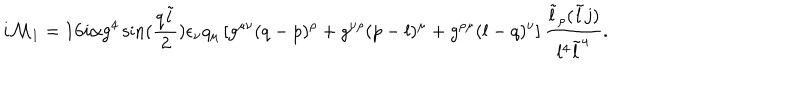
LaTeX: i { \cal { M } } _ { 1 } = 1 6 i \alpha g ^ { 4 } \sin ( { \frac { q \tilde { l } } { 2 } } ) \epsilon _ { \nu } q _ { \mu } \left[ g ^ { \mu \nu } ( q - p ) ^ { \rho } + g ^ { \nu \rho } ( p - l ) ^ { \mu } + g ^ { \rho \mu } ( l - q ) ^ { \nu } \right] { \frac { \tilde { l } _ { \rho } ( \tilde { l } j ) } { l ^ { 4 } \tilde { l } ^ { 4 } } } .